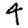
Digit: 4